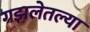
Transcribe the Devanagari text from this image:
गझलेतल्या